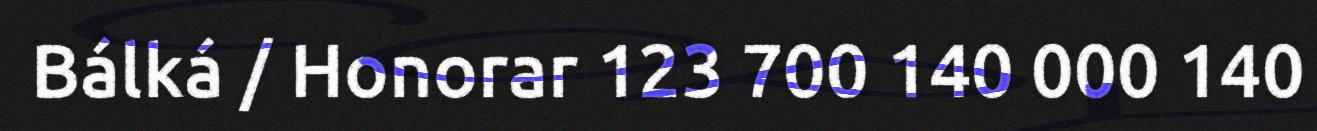
Bálká / Honorar 123 700 140 000 140